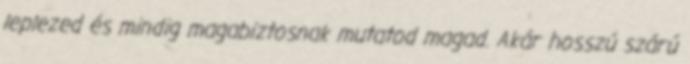
leplezed és mindig magabiztosnak mutatod magad. Akár hosszú szárú